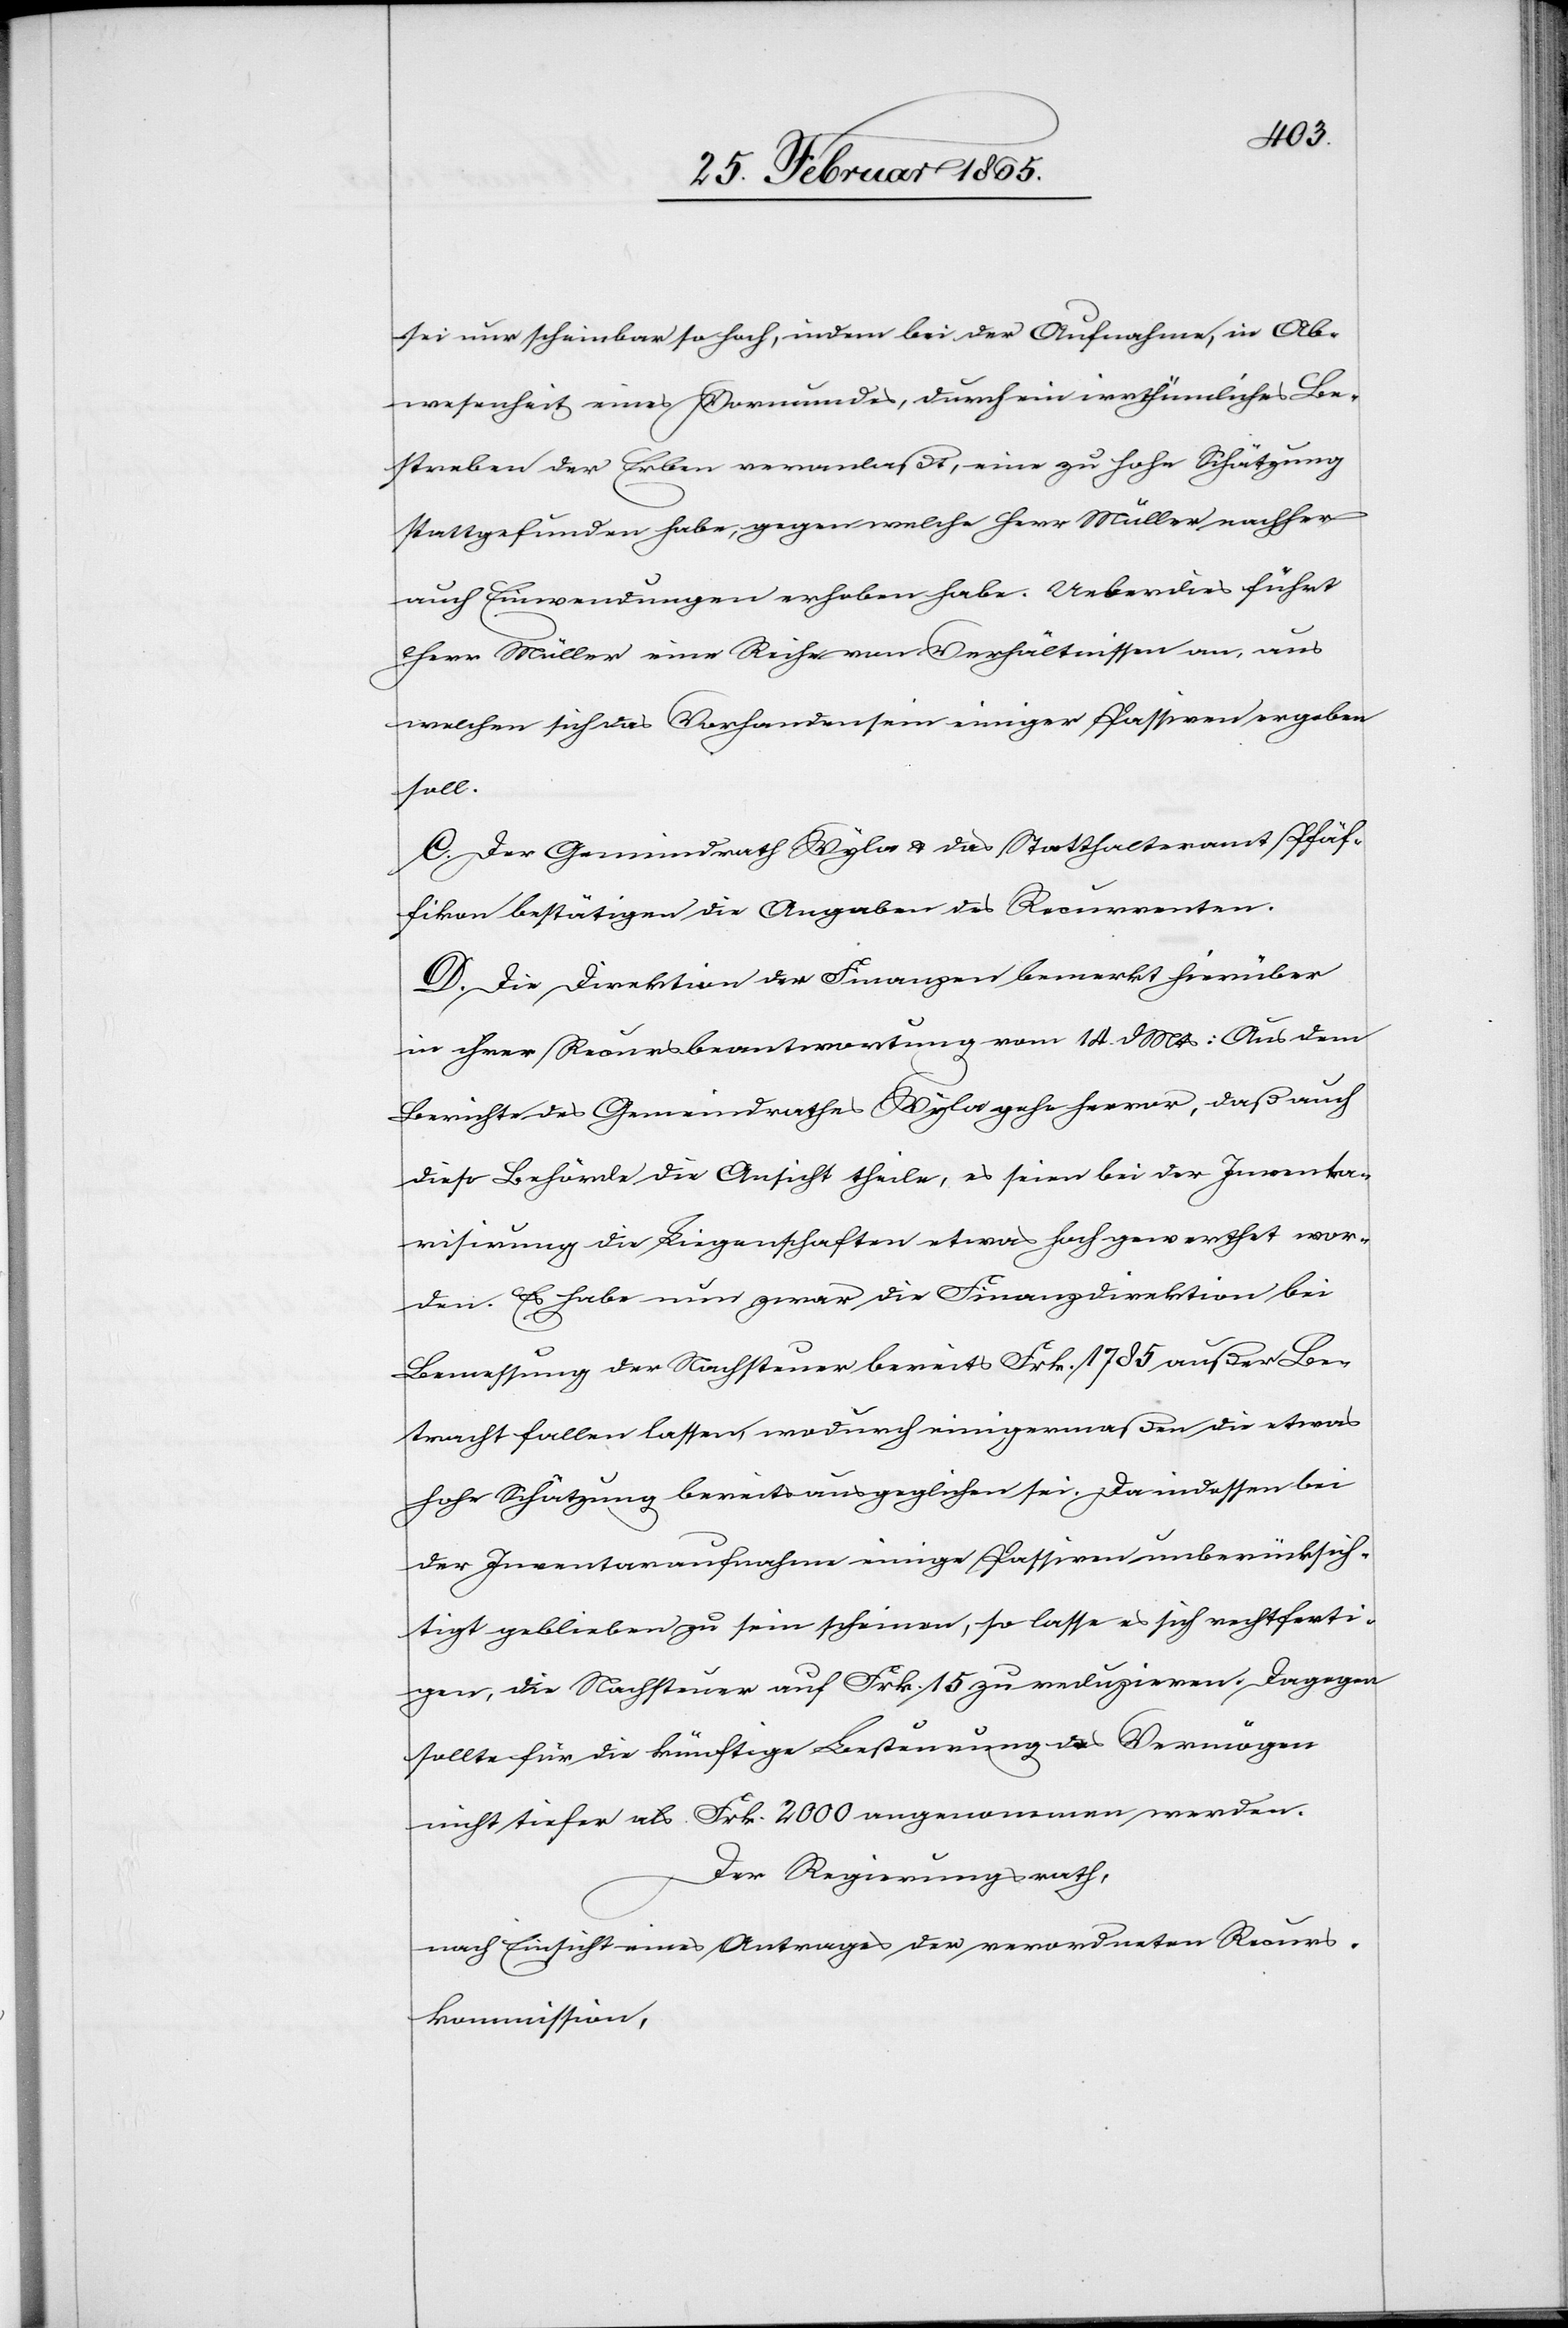
sei nur scheinbar so hoch, indem bei der Aufnahme, in Ab¬
wesenheit eines Vormundes, durch ein irrthümliches Be¬
streben der Erben veranlaßt, eine zu hohe Schätzung
stattgefunden habe, gegen welche Herr Müller nachher
auch Einwendungen erhoben habe. Ueberdies führt
Herr Müller eine Reihe von Verhältnissen an, aus
welchen sich das Vorhandensein einiger Passiven ergeben
soll.
C. Der Gemeindrath Wyla u. das Statthalteramt Pfäf¬
fikon bestätigen die Angaben des Recurrenten.
D. Die Direktion der Finanzen bemerkt hierüber
in ihrer Recursbeantwortung vom 14. d Mts: Aus dem
Bericht des Gemeindrathes Wyla gehe hervor, daß auch
diese Behörde die Ansicht theile, es seien bei der Inventa¬
risirung die Liegenschaften etwas hoch gewerthet wor¬
den. Es habe nun zwar die Finanzdirektion bei
Bemessung der Nachsteuer bereits Frk. 1785 außer Be¬
tracht fallen lassen, wodurch einigermaßen die etwas
hohe Schätzung bereits ausgeglichen sei. Da indessen bei
der Inventaraufnahme einige Passiven unberücksich¬
tigt geblieben zu sein scheinen, so lasse es sich rechtferti¬
gen, die Nachsteuer auf Frk. 15 zu reduziren. Dagegen
sollte für die künftige Besteurung das Vermögen
nicht tiefer als Frk. 2000 angenommen werden.
Der Regierungsrath,
nach Einsicht eines Antrages der verordneten Recurs¬
kommission,